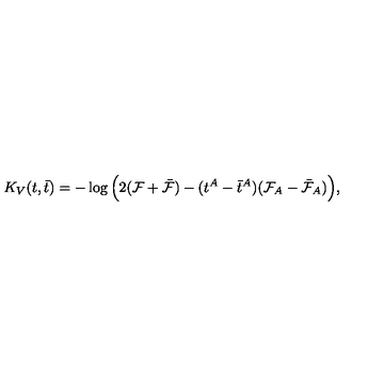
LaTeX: K _ { V } ( t , \bar { t } ) = - \log \Big ( 2 ( { \cal F } + \bar { \cal F } ) - ( t ^ { A } - \bar { t } ^ { A } ) ( { \cal F } _ { A } - \bar { \cal F } _ { A } ) \Big ) ,